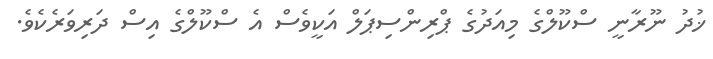
ޚުދު ނޫރާނީ ސްކޫލްގެ މިއަދުގެ ޕްރިންސިޕަލް އަކީވެސް އެ ސްކޫލްގެ އިސް ދަރިވަރެކެވެ.